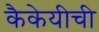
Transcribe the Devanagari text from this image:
कैकेयीची